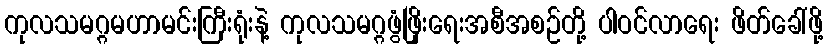
ကုလသမဂ္ဂမဟာမင်းကြီးရုံးနဲ့ ကုလသမဂ္ဂဖွံဖြိုးရေးအစီအစဉ်တို့ ပါဝင်လာရေး ဖိတ်ခေါ်ဖို့